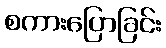
စကားပြောခြင်း